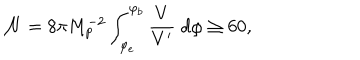
{ \cal { N } } = 8 \pi M _ { p } ^ { - 2 } \int _ { \varphi _ { e } } ^ { \varphi _ { b } } \frac { V } { V ^ { \prime } } \; d \varphi \geq 6 0 ,